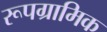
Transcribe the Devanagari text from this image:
रूपग्रामिक